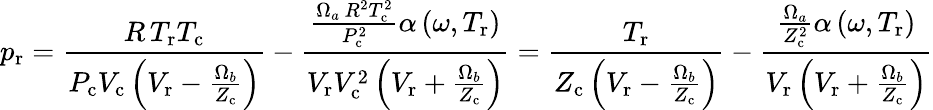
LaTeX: p_{\mathrm{r}}={\frac{R\, T_{\mathrm{r}}T_{\mathrm{c}}}{P_{\mathrm{c}}V_{\mathrm{c}}\left(V_{\mathrm{r}}-{\frac{\Omega_{b}}{Z_{\mathrm{c}}}}\right)}}-{\frac{{\frac{\Omega_{a}\, R^{2}T_{\mathrm{c}}^{2}}{P_{\mathrm{c}}^{2}}}\alpha\left(\omega,T_{\mathrm{r}}\right)}{V_{\mathrm{r}}V_{\mathrm{c}}^{2}\left(V_{\mathrm{r}}+{\frac{\Omega_{b}}{Z_{\mathrm{c}}}}\right)}}={\frac{T_{\mathrm{r}}}{Z_{\mathrm{c}}\left(V_{\mathrm{r}}-{\frac{\Omega_{b}}{Z_{\mathrm{c}}}}\right)}}-{\frac{{\frac{\Omega_{a}}{Z_{\mathrm{c}}^{2}}}\alpha\left(\omega,T_{\mathrm{r}}\right)}{V_{\mathrm{r}}\left(V_{\mathrm{r}}+{\frac{\Omega_{b}}{Z_{\mathrm{c}}}}\right)}}